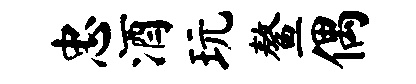
忠酒玩鳌偶